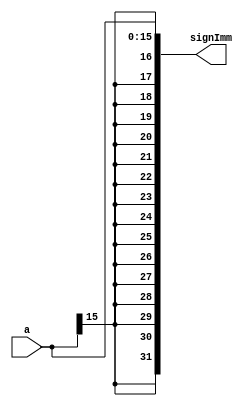
`timescale 1ns / 1ps
//////////////////////////////////////////////////////////////////////////////////
// Company: 
// Engineer: 
// 
// Design Name: 
// Module Name: SImm
// Project Name: 
// Target Devices: 
// Tool Versions: 
// Description: 
// 
// Dependencies: 
// 
// Revision:
// Revision 0.01 - File Created
// Additional Comments:
// 
//////////////////////////////////////////////////////////////////////////////////


module SImm(input [15:0] a, 
			 output [31:0] signImm );
						
	assign signImm = { {16{a[15]}}, a };

endmodule